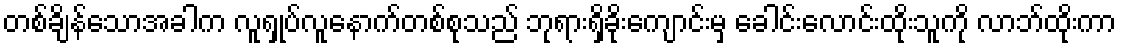
တစ်ချိန်သောအခါက လူရှုပ်လူနောက်တစ်စုသည် ဘုရားရှိခိုးကျောင်းမှ ခေါင်းလောင်းထိုးသူကို လာဘ်ထိုးကာ